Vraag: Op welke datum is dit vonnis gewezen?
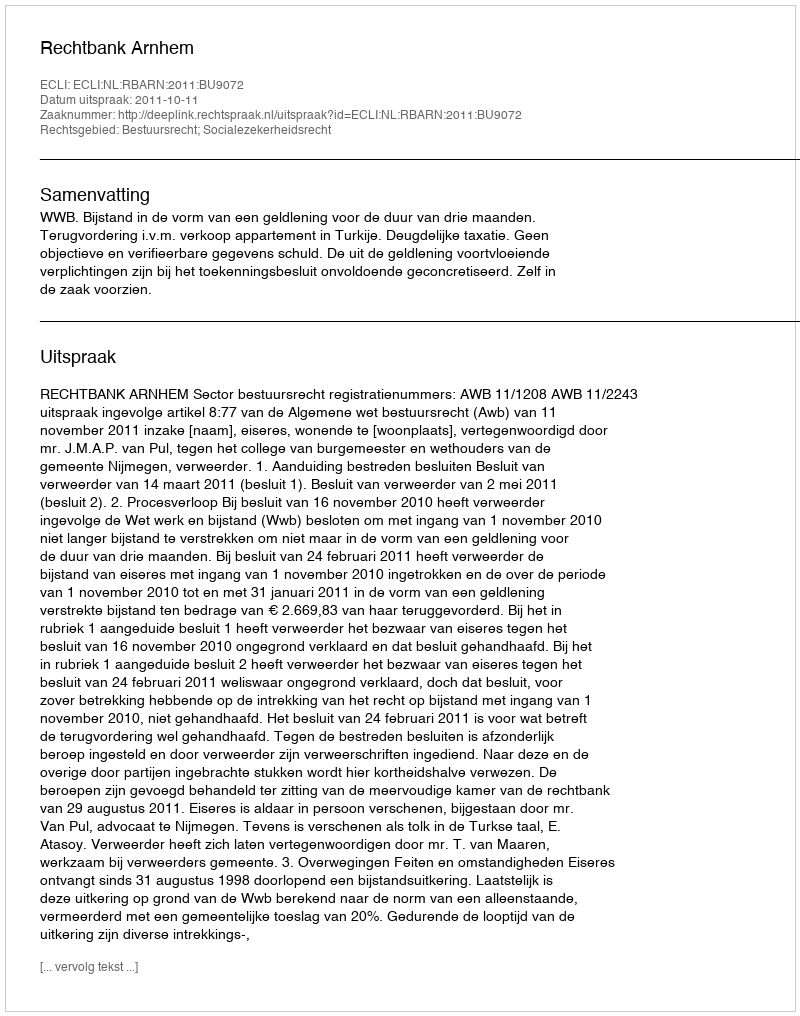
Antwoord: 2011-10-11